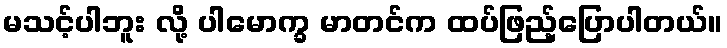
မသင့်ပါဘူး လို့ ပါမောက္ခ မာတင်က ထပ်ဖြည့်ပြောပါတယ်။